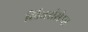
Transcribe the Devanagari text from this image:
लिबरीसेम्स